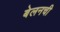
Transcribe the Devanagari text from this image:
बेलनची